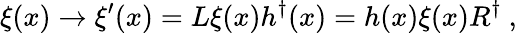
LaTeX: \xi(x)\rightarrow\xi^{\prime}(x)=L\xi(x)h^{\dagger}(x)=h(x)\xi(x)R^{\dagger}\ ,